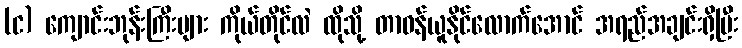
(င) ကျောင်းဘုန်းကြီးများ ကိုယ်တိုင်လဲ ထိုသို့ တာဝန်ယူနိုင်လောက်အောင် အရည်အချင်းရှိပြီး